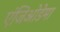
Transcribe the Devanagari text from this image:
एंजिओडेमा